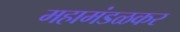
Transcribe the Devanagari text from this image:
महामंडळकर